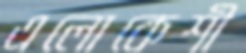
এলোকেশী